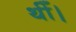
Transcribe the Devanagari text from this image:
थीँ।